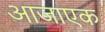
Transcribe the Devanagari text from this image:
आजाएक